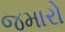
જમારો